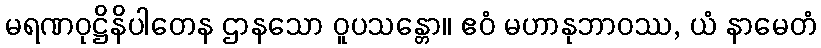
မရဏဝုဋ္ဌိနိပါတေန ဌာနသော ဝူပသန္တော။ ဧဝံ မဟာနုဘာဝဿ, ယံ နာမေတံ